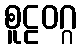
စူဠဝဂ္ဂ